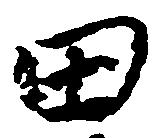
田